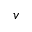
v